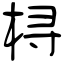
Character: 桪